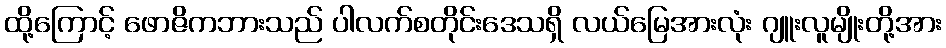
ထို့ကြောင့် ဖောဇိကဘားသည် ပါလက်စတိုင်းဒေသရှိ လယ်မြေအားလုံး ဂျူးလူမျိုးတို့အား